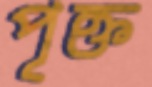
পৃক্ত